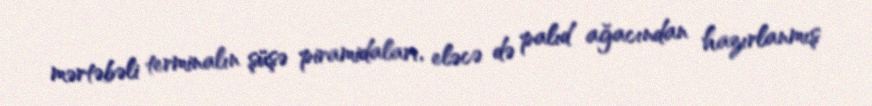
mərtəbəli terminalın şüşə piramidaları, eləcə də palıd ağacından hazırlanmış